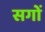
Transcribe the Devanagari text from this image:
सगों